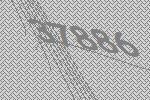
37886